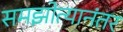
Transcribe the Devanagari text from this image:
समझोत्यानंतर